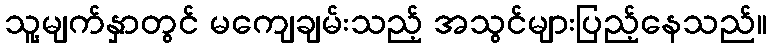
သူ့မျက်နှာတွင် မကျေချမ်းသည့် အသွင်များပြည့်နေသည်။